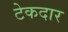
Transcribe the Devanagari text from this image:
टेकदार